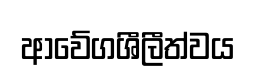
ආවේගශීලීත්වය